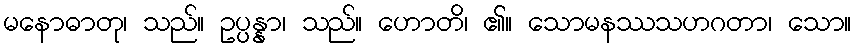
မနောဓာတု၊ သည်။ ဥပ္ပန္နာ၊ သည်။ ဟောတိ၊ ၏။ သောမနဿသဟဂတာ၊ သော။